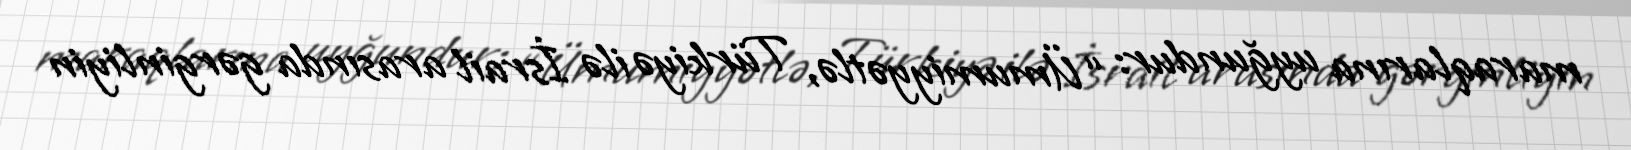
maraqlarına uyğundur: “Ümumiyyətlə, Türkiyə ilə İsrail arasında gərginliyin